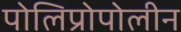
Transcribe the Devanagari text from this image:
पोलिप्रोपोलीन